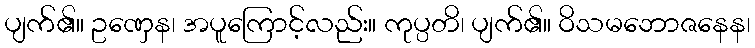
ပျက်၏။ ဥဏှေန၊ အပူကြောင့်လည်း။ ကုပ္ပတိ၊ ပျက်၏။ ဝိသမဘောဇနေန၊